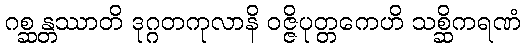
ဂစ္ဆန္တဿာတိ ဒုဂ္ဂတကုလာနိ ဝဇ္ဇိပုတ္တကေဟိ သစ္ဆိကရဏံ